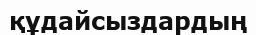
құдайсыздардың